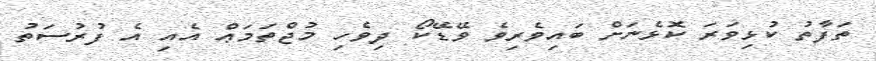
ތަފާތު ކުޅިވަރަ ކޮޅެނަށް ބައިވެރިވެ ވޭޑޭކޯ ދިވެހި މުޖްތަމަޢް އެއި އެ ފުރުސަތު